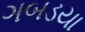
ગબડયા